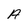
Character: A